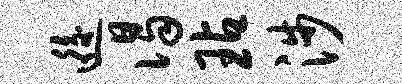
逅谒玷涉